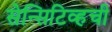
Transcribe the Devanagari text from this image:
सेन्सिटिव्हची